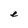
Character: e